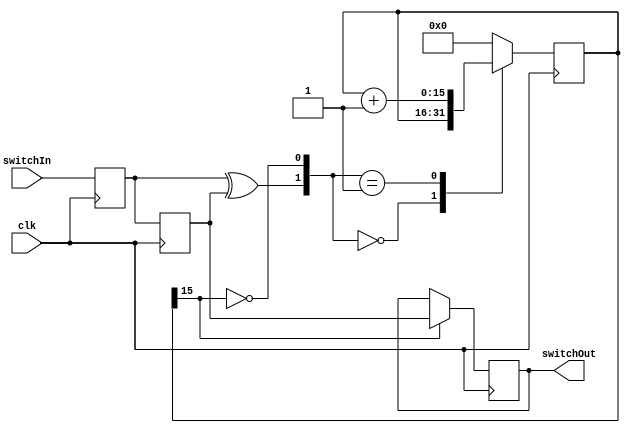
module switchDebouncer #(parameter integer N = 16) (output reg switchOut, input switchIn, input clk);

    wire rst, add;
    reg dFF1, dFF2;
    reg[N-1:0] timeReg, nextReg;

    assign rst = dFF1 ^ dFF2;
    assign add = ~timeReg[N-1];
    always @(rst, add, timeReg) begin
        case({rst, add})
            2'b00: nextReg <= timeReg;
            2'b01: nextReg <= timeReg + 1;
            default: nextReg <= {N{1'b0}};
        endcase
    end
    always @(posedge clk) begin
        dFF1 <= switchIn;
        dFF2 <= dFF1;
        timeReg <= nextReg;
    end
    always @(posedge clk) begin
        if(timeReg[N-1] == 1'b1)
            switchOut <= dFF2;
        else
            switchOut <= switchOut;
    end
endmodule